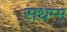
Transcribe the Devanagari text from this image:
सधम्म